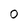
Character: 0